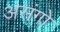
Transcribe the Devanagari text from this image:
असंगो